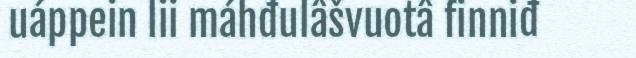
uáppein lii máhđulâšvuotâ finniđ